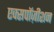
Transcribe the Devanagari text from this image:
एक्सपॉज़ीशन